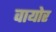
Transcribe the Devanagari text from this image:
वायोर